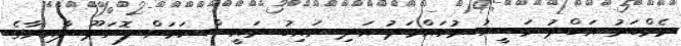
މެމްބަރު އަބްދު މަސީހު މުހައްމަދު އަދި ނައިބު ރައީސް ކަމަށް ފޮނަދޫ ދާއިރާގެ